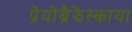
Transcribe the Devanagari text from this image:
प्रेयोब्रैझेंस्काया